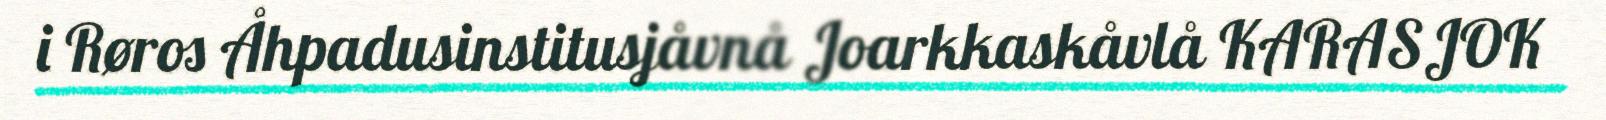
i Røros Åhpadusinstitusjåvnå Joarkkaskåvlå KARASJOK